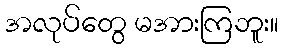
အလုပ်တွေ မအားကြဘူး။